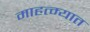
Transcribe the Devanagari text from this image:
माहत्म्यात